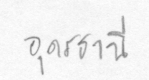
อุดรธานี